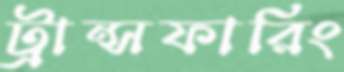
ট্রান্সফারিং